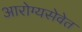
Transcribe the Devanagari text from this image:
आरोग्यसेवेत